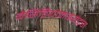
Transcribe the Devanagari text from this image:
बैसिडियोमाइसेट्स